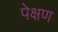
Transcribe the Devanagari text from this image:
पेक्षण